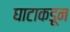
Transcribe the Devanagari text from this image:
घाटाकडून